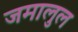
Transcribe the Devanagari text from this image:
जमालुल